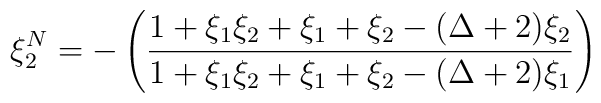
\xi _{2}^{N}=-\left( \frac{1+\xi _{1}\xi _{2}+\xi _{1}+\xi _{2}-(\Delta+2)\xi _{2}}{1+\xi _{1}\xi _{2}+\xi _{1}+\xi _{2}-(\Delta +2)\xi _{1}}\right)